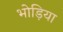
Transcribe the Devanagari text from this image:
भोड़िया